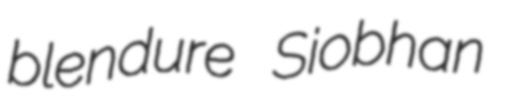
blendure Siobhan